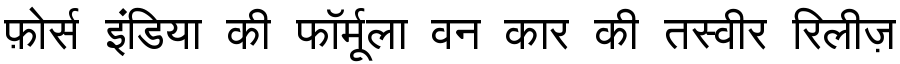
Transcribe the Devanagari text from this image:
फ़ोर्स इंडिया की फॉर्मूला वन कार की तस्वीर रिलीज़